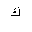
Letter: _kaf